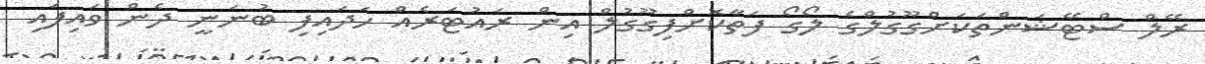
ރޭލް ސްޓޭޝަންތަކަށްގޫގުލްގެ ލޯގޯ ފަތާކޮށްފިގޫގުލް އިން ރައުޓަރެއް ހަދައިފި ބުނަނީ ދެން ވައިފައި